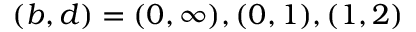
( b , d ) = ( 0 , \infty ) , ( 0 , 1 ) , ( 1 , 2 )